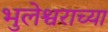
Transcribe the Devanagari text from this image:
भुलेश्वराच्या